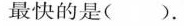
最快的是( )。